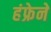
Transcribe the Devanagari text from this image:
हंफ्रेने